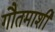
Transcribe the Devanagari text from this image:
गौतमाशी